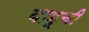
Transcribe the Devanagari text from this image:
याहूची